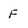
Character: F